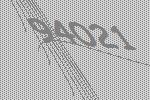
94021